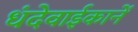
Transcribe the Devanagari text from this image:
धंदेवाईकानें